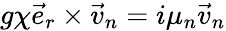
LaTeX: g\chi\vec{e}_{r}\times\vec{v}_{n}=i\mu_{n}\vec{v}_{n}